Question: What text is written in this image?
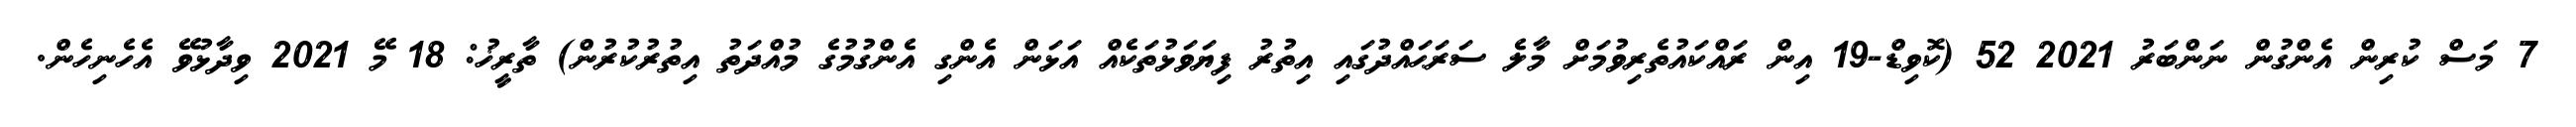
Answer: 7 މަސް ކުރިން އެންގުން ނަންބަރު 2021 52 (ކޮވިޑް-19 އިން ރައްކައުތެރިވުމަށް މާލެ ސަރަޙައްދުގައި އިތުރު ފިޔަވަޅުތަކެއް އަޅަން އެންގި އެންގުމުގެ މުއްދަތު އިތުރުކުރުން) ތާރީޚު: 18 މޭ 2021 ވިދާޅުވޭ އެހެނިހެން.